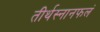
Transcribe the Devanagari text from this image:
तीर्थस्नानफलं